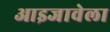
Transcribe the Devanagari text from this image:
आइजावेला